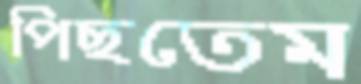
পিছতেম